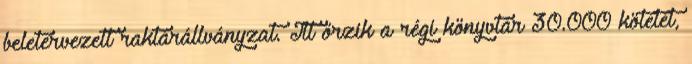
beletervezett raktárállványzat. Itt őrzik a régi könyvtár 30.000 kötetét,